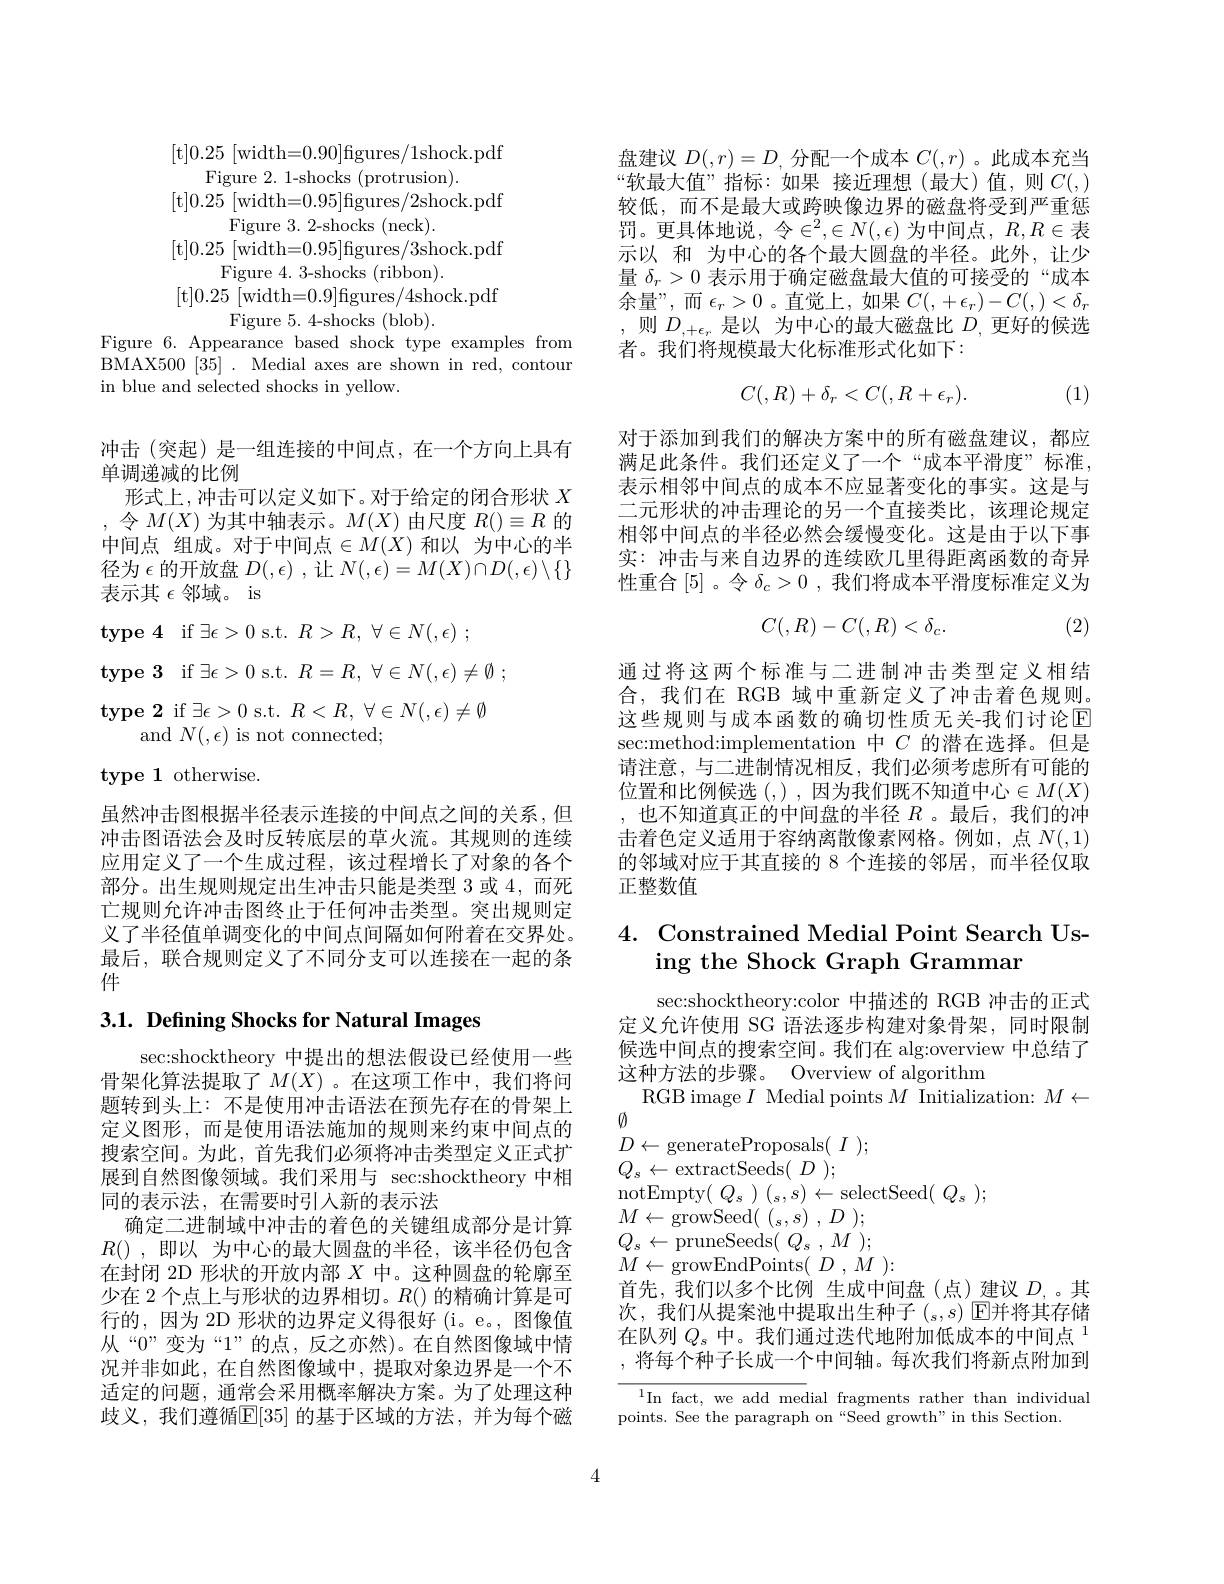
Figure 2. 1-shocks (protrusion).

[t$]0.25~[$width=0.95]figures/2shock.pdf

Figure 3. 2-shocks (neck).

[t$]0.25~[$width=0.95]figures/3shock.pdf

Figure 4. 3-shocks (ribbon).

[t$]0.25~[$width=0.9]figures/4shock.pdf

Figure 5.4-shocks (blob).
Figure 6. Appearance based shock type examples from BMAX500 [35] . Medial axes are shown in red, contour in blue and selected shocks in yellow.

冲击(突起)是一组连接的中间点，在一个方向上具有
单调递减的比例
形式上，冲击可以定义如下。对于给定的闭合形状$X$ ,令$M(X)$为其中轴表示。$M(X)$由尺度$R()\equiv R$的中间点 组成。对于中间点$\in M(X)$ 和以 为中心的半径为$\epsilon$的开放盘$D(,\epsilon)$,让$N(,\epsilon)=M(X)\cap D(,\epsilon)\setminus\{\}$ 表示其$\epsilon$邻域。is

type 4 if $\exists\epsilon>0$ s.t. $R> R, \forall \in N( , \epsilon )$ ;

type 3 if $\exists\epsilon>0$ s.t. $R= R$, $\forall \in N( , \epsilon ) \neq \emptyset$ ;

type 2 if $\exists\epsilon>0$ s.t. $R< R$, $\forall \in N( , \epsilon ) \neq \emptyset$

and$N(,\epsilon)$is not connected;

type 1 otherwise.

虽然冲击图根据半径表示连接的中间点之间的关系，但冲击图语法会及时反转底层的草火流。其规则的连续应用定义了一个生成过程，该过程增长了对象的各个部分。出生规则规定出生冲击只能是类型 3 或 4,而死亡规则允许冲击图终止于任何冲击类型。突出规则定义了半径值单调变化的中间点间隔如何附着在交界处。最后，联合规则定义了不同分支可以连接在一起的条件

3.1. Defining Shocks for Natural Images

sec:shocktheory 中提出的想法假设已经使用一些骨架化算法提取了$M(X)$ 。在这项工作中，我们将问题转到头上：不是使用冲击语法在预先存在的骨架上定义图形，而是使用语法施加的规则来约束中间点的搜索空间。为此，首先我们必须将冲击类型定义正式扩展到自然图像领域。我们采用与 sec:shocktheory 中相同的表示法，在需要时引入新的表示法
确定二进制域中冲击的着色的关键组成部分是计算$R()$ ,即以 为中心的最大圆盘的半径，该半径仍包含在封闭 2D 形状的开放内部$X$中。这种圆盘的轮廓至少在 2 个点上与形状的边界相切。$R()$的精确计算是可行的，因为 2D 形状的边界定义得很好 (i。e。,图像值从“$0”变为“1”的点，反之亦然)。在自然图像域中情$ 况并非如此，在自然图像域中，提取对象边界是一个不适定的问题，通常会采用概率解决方案。为了处理这种歧义，我们遵循$\mathbb{E}[35]$ 的基于区域的方法，并为每个磁

盘建议$D(,r)=D$,分配一个成本$C(,r)$ 。此成本充当“软最大值”指标：如果 接近理想(最大)值，则$C(,)$ 较低，而不是最大或跨映像边界的磁盘将受到严重惩罚。更具体地说，令$\in^2,\in N(,\epsilon)$ 为中间点，$R,R\in$表示以 和 为中心的各个最大圆盘的半径。此外，让少量$\delta_r>0$表示用于确定磁盘最大值的可接受的“成本余量”,而$\epsilon_r>0$ 。直觉上，如果$C(,+\epsilon_{r})-C(,)<\delta_{r}$ ,则$D_{,+\epsilon_r}$是以 为中心的最大磁盘比$D_{,}$更好的候选者。我们将规模最大化标准形式化如下：
$$C(,R)+\delta_r<C(,R+\epsilon_r).$$
(1)

对于添加到我们的解决方案中的所有磁盘建议，都应满足此条件。我们还定义了一个“成本平滑度”标准， 表示相邻中间点的成本不应显著变化的事实。这是与二元形状的冲击理论的另一个直接类比，该理论规定相邻中间点的半径必然会缓慢变化。这是由于以下事实：冲击与来自边界的连续欧几里得距离函数的奇异性重合[5]。令$\delta _c> 0$ , 我们将成本平滑度标准定义为
$$C(,R)-C(,R)<\delta_c.$$
(2)

通过将这两个标准与二进制冲击类型定义相结合，我们在 RGB 域中重新定义了冲击着色规则。这些规则与成本函数的确切性质无关-我们讨论$\mathbb{E}$ sec:method:implementation 中$C$的潜在选择。但是请注意，与二进制情况相反，我们必须考虑所有可能的位置和比例候选(,),因为我们既不知道中心$\in M(X)$ ,也不知道真正的中间盘的半径$R$ 。最后，我们的冲击着色定义适用于容纳离散像素网格。例如，点$N(,1)$ 的邻域对应于其直接的 8 个连接的邻居，而半径仅取正整数值

## 4. Constrained Medial Point Search Using the Shock Graph Grammar

sec:shocktheory:color 中描述的 RGB 冲击的正式定义允许使用 SG 语法逐步构建对象骨架，同时限制候选中间点的搜索空间。我们在 alg:overview 中总结了这种方法的步骤。Overview of algorithm
RGB image $I$ Medial points $M$ Initialization: $M\leftarrow$
$\emptyset$

$D\leftarrow$generateProposals$(\begin{array}{c}I\end{array});$
$Q_{s}\leftarrow$extractSeeds$(\begin{array}{c}D\end{array});$
notEmpty( $Q_{s}$ ) $( _{s}, s) \leftarrow$selectSeed( $Q_{s}$ );
$M\leftarrow$growSeed($( _s, s)$ , $D$ ); $Q_{s}\leftarrow\operatorname*{pruneSeeds(}_{\Gamma(\Omega)}^{\mathrm{pruneSeeds(~Q_{s}~,~M~);}}$ $M\leftarrow$growEndPoints($D,M)\colon$

首先，我们以多个比例 生成中间盘(点)建议$D$,。其次，我们从提案池中提取出生种子$(_s,s)$回并将其存储在队列$Q_s\text{ 中。我们通过迭代地附加低成本的中间点 }^{1}$ , 将每个种子长成一个中间轴。每次我们将新点附加到

$^{1}$In fact, we add medial fragments rather than individual
points. See the paragraph on “Seed growth”in this Section.

4